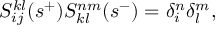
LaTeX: S _ { i j } ^ { k l } ( s ^ { + } ) S _ { k l } ^ { n m } ( s ^ { - } ) = \delta _ { i } ^ { n } \delta _ { l } ^ { m } ,